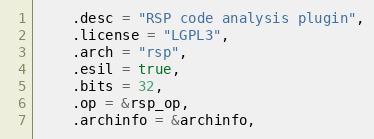
Language: C
	.desc = "RSP code analysis plugin",
	.license = "LGPL3",
	.arch = "rsp",
	.esil = true,
	.bits = 32,
	.op = &rsp_op,
	.archinfo = &archinfo,